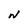
Character: N